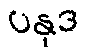
ပနုဒ